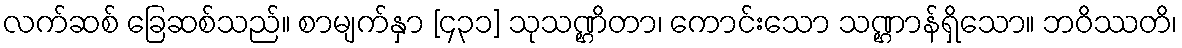
လက်ဆစ် ခြေဆစ်သည်။ စာမျက်နှာ [၄၃၁] သုသဏ္ဌိတာ၊ ကောင်းသော သဏ္ဌာန်ရှိသော။ ဘဝိဿတိ၊